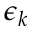
\epsilon _ { k }